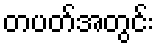
တပတ်အတွင်း